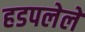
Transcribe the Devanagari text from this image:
हडपलेले